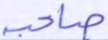
صاحبه